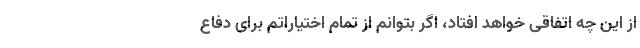
از این چه اتفاقی خواهد افتاد، اگر بتوانم از تمام اختیاراتم برای دفاع